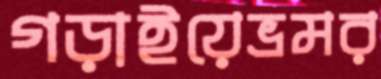
গড়াইয়েভ্রমর